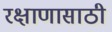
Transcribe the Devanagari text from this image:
रक्षाणासाठी